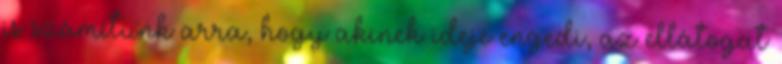
is számítunk arra, hogy akinek ideje engedi, az ellátogat